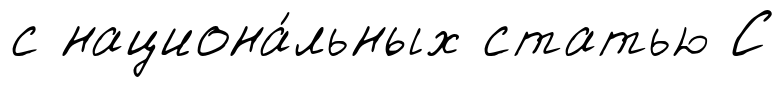
с национа́льных статью С